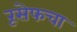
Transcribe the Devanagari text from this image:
रूसेफचा